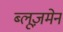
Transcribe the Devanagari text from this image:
ब्लूज़मेन